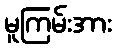
မူကြမ်းအား